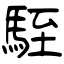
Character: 駤